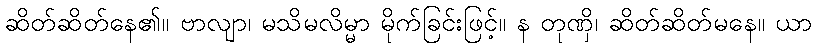
ဆိတ်ဆိတ်နေ၏။ ဗာလျာ၊ မသိမလိမ္မာ မိုက်ခြင်းဖြင့်။ န တုဏှိ၊ ဆိတ်ဆိတ်မနေ။ ယာ